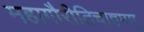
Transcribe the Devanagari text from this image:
महागौरीतिचाष्टमम्